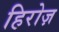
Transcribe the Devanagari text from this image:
हिरोज़